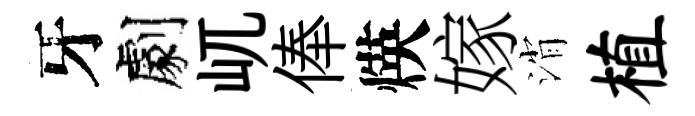
牙劇屼俸煐嫁消植